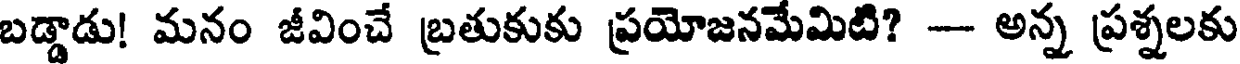
బడ్డాడు! మనం జీవించే బ్రతుకుకు ప్రయోజనమేమిటి? -- అన్న ప్రశ్నలకు